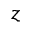
z